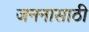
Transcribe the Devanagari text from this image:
जननासाठी